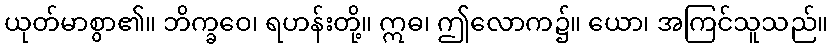
ယုတ်မာစွာ၏။ ဘိက္ခဝေ၊ ရဟန်းတို့။ ဣဓ၊ ဤလောက၌။ ယော၊ အကြင်သူသည်။